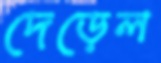
দেড়েল